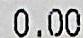
0.00